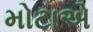
મોટાએ